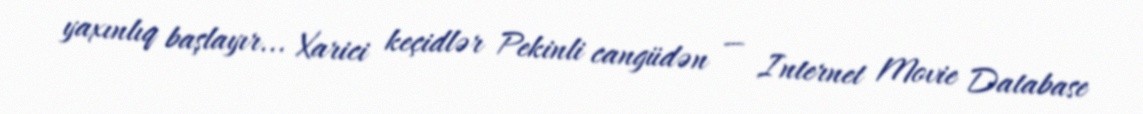
yaxınlıq başlayır... Xarici keçidlər Pekinli cangüdən — Internet Movie Database